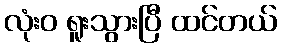
လုံးဝ ရူးသွားပြီ ထင်တယ်